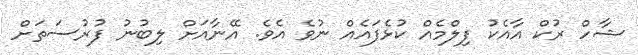
ޝާހް ރުކް އާއެކު ފިލްމެއް ކުޅެފައެއް ނުވެ އެވެ. އޭނާއަށް ލިބުނު ފުރުސަތަށް